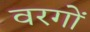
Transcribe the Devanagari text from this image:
वरगों